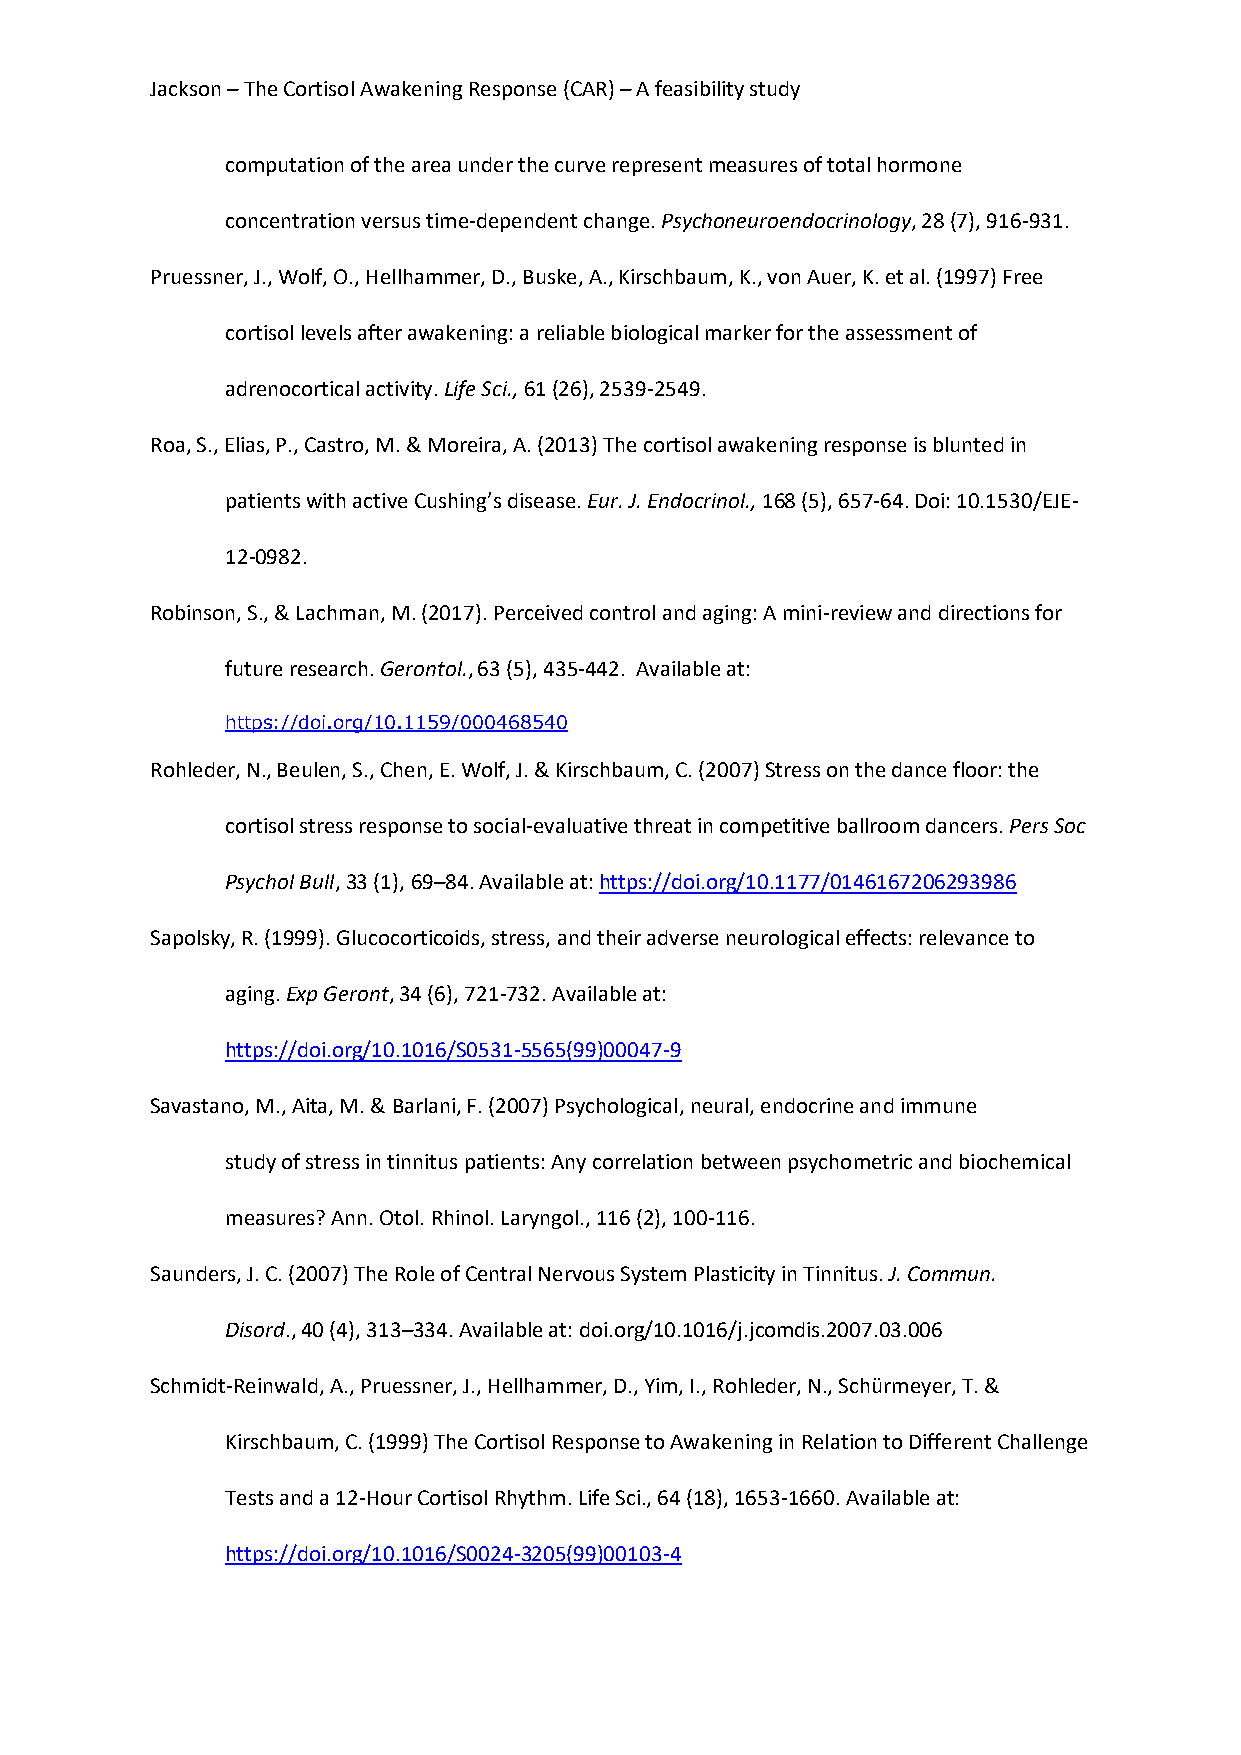
Jackson – The Cortisol Awakening Response (CAR) – A feasibility study
 computation of the area under the curve represent measures of total hormone
 concentration versus time-dependent change. Psychoneuroendocrinology, 28 (7), 916-931.
 Pruessner, J., Wolf, O., Hellhammer, D., Buske, A., Kirschbaum, K., von Auer, K. et al. (1997) Free
 cortisol levels after awakening: a reliable biological marker for the assessment of
 adrenocortical activity. Life Sci., 61 (26), 2539-2549.
 Roa, S., Elias, P., Castro, M. & Moreira, A. (2013) The cortisol awakening response is blunted in
 patients with active Cushing’s disease. Eur. J. Endocrinol., 168 (5), 657-64. Doi: 10.1530/EJE-
 12-0982.
 Robinson, S., & Lachman, M. (2017). Perceived control and aging: A mini-review and directions for
 future research. Gerontol., 63 (5), 435-442. Available at:
 https://doi.org/10.1159/000468540
 Rohleder, N., Beulen, S., Chen, E. Wolf, J. & Kirschbaum, C. (2007) Stress on the dance floor: the
 cortisol stress response to social-evaluative threat in competitive ballroom dancers. Pers Soc
 Psychol Bull, 33 (1), 69–84. Available at: https://doi.org/10.1177/0146167206293986
 Sapolsky, R. (1999). Glucocorticoids, stress, and their adverse neurological effects: relevance to
 aging. Exp Geront, 34 (6), 721-732. Available at:
 https://doi.org/10.1016/S0531-5565(99)00047-9
 Savastano, M., Aita, M. & Barlani, F. (2007) Psychological, neural, endocrine and immune
 study of stress in tinnitus patients: Any correlation between psychometric and biochemical
 measures? Ann. Otol. Rhinol. Laryngol., 116 (2), 100-116.
 Saunders, J. C. (2007) The Role of Central Nervous System Plasticity in Tinnitus. J. Commun.
 Disord., 40 (4), 313–334. Available at: doi.org/10.1016/j.jcomdis.2007.03.006
 Schmidt-Reinwald, A., Pruessner, J., Hellhammer, D., Yim, I., Rohleder, N., Schürmeyer, T. &
 Kirschbaum, C. (1999) The Cortisol Response to Awakening in Relation to Different Challenge
 Tests and a 12-Hour Cortisol Rhythm. Life Sci., 64 (18), 1653-1660. Available at:
 https://doi.org/10.1016/S0024-3205(99)00103-4